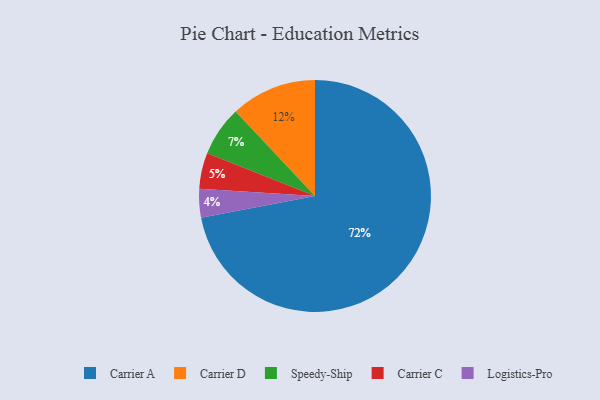
{"axis": {"x": "Category", "y": "Percentage"}, "legend": ["Carrier A", "Carrier C", "Carrier D", "Logistics-Pro", "Speedy-Ship"], "data": [{"x": "Logistics-Pro", "y": 4, "type": "Logistics-Pro"}, {"x": "Carrier D", "y": 12, "type": "Carrier D"}, {"x": "Carrier A", "y": 72, "type": "Carrier A"}, {"x": "Speedy-Ship", "y": 7, "type": "Speedy-Ship"}, {"x": "Carrier C", "y": 5, "type": "Carrier C"}]}